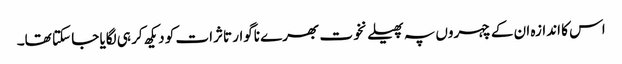
اس کا اندازہ ان کے چہروں پہ پھیلے نخوت بھرے ناگوار تاثرات کو دیکھ کر ہی لگایا جا سکتا تھا۔